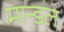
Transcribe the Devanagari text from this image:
मान्डल